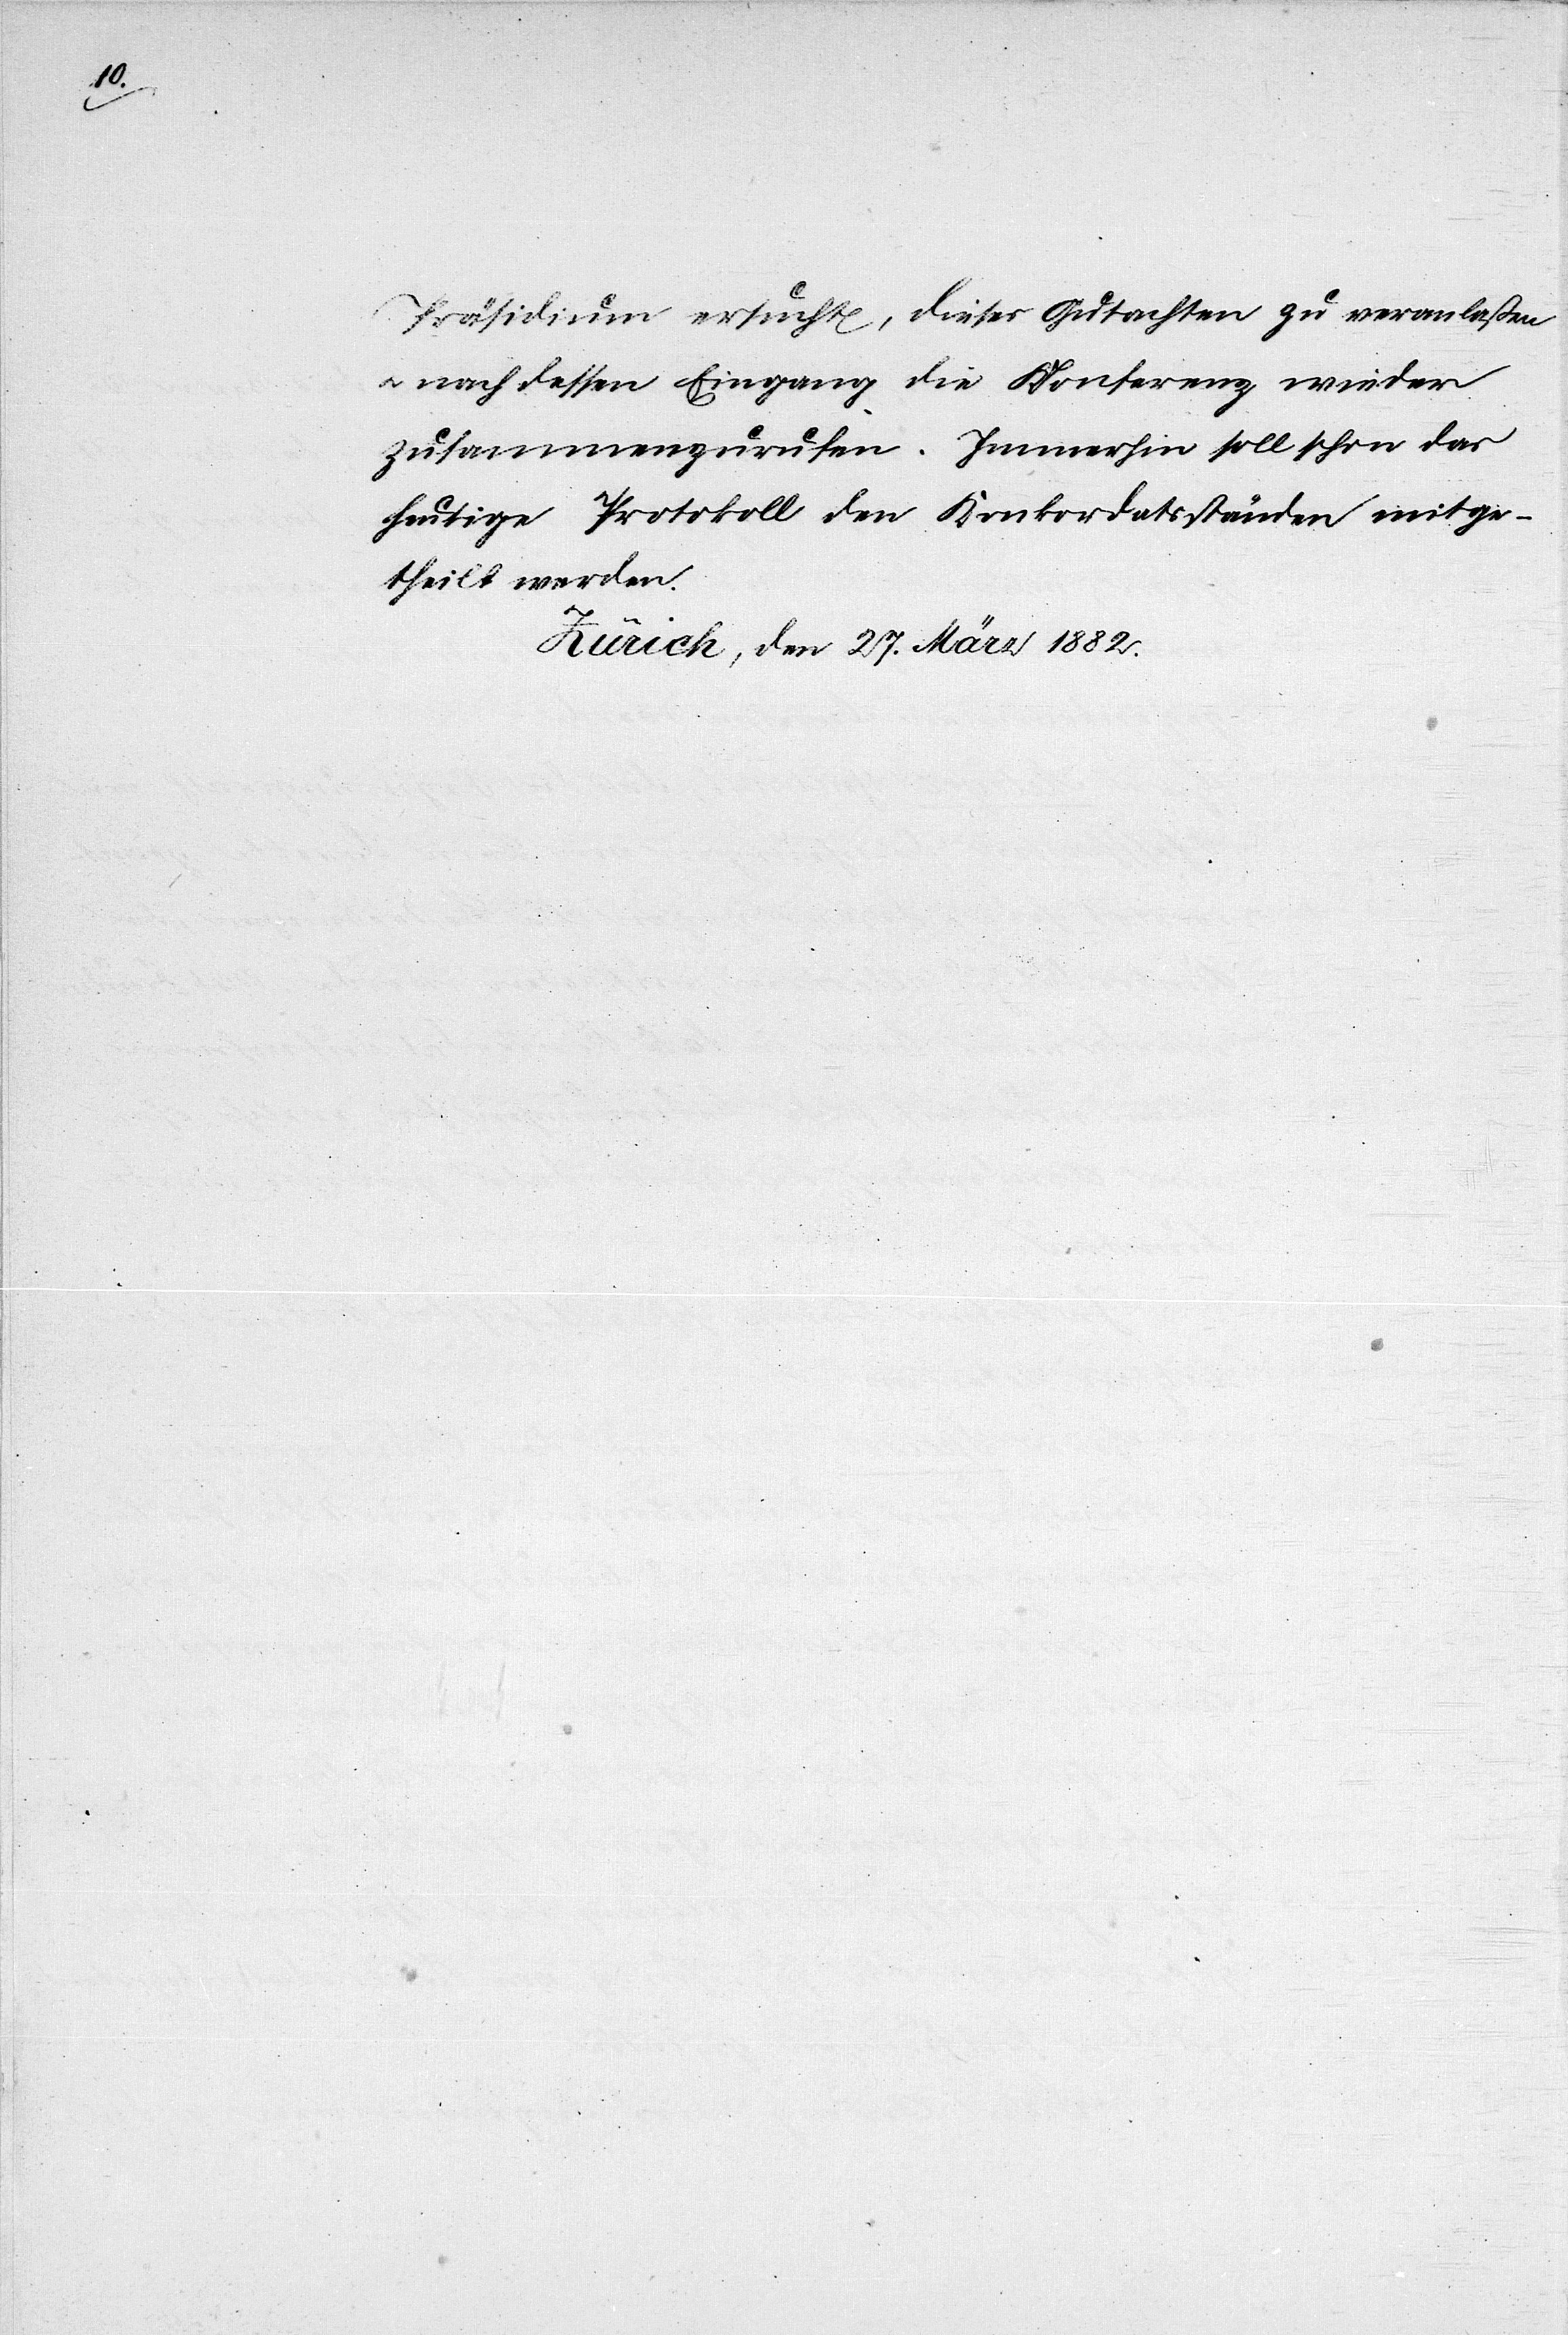
s.